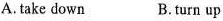
A.take down B. turn up